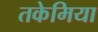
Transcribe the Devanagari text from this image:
तकेमिया